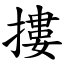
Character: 摟